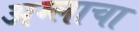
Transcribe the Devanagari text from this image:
अम्‍लाचा